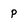
Character: p